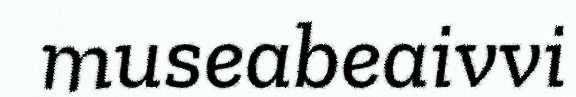
museabeaivvi